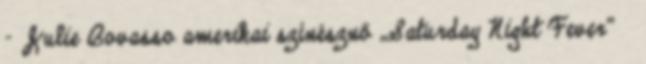
– Julie Bovasso amerikai színésznő „Saturday Night Fever” †